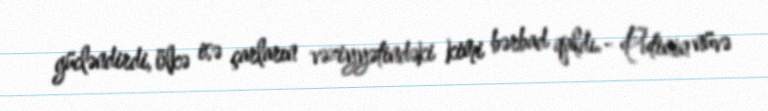
gücləndirdi, ölkə isə çarların vəziyyətindəki kimi bərbad qaldı.- Putinin nüvə